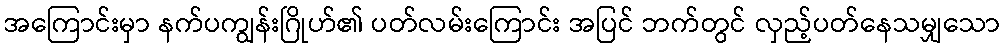
အကြောင်းမှာ နက်ပကျွန်းဂြိုဟ်၏ ပတ်လမ်းကြောင်း အပြင် ဘက်တွင် လှည့်ပတ်နေသမျှသော